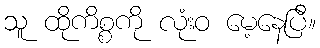
သူ ထိုကိစ္စကို လုံးဝ မေ့နေပြီ။